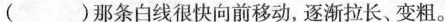
( )那条白线很快向前移动，逐渐拉长、变粗。